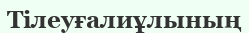
Тілеуғалиұлының